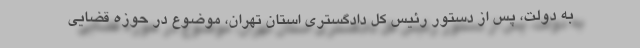
به دولت، پس از دستور رئیس کل دادگستری استان تهران، موضوع در حوزه قضایی